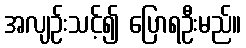
အလျဉ်းသင့်၍ ပြောရဦးမည်။